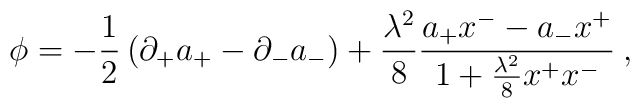
\phi=-{1\over2}\left(\partial_+a_+-\partial_-a_-\right)+{\lambda^2\over8}{a_+x^--a_-x^+\over 1+{\lambda^2\over8}x^+x^-}\>,